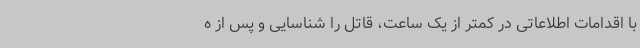
با اقدامات اطلاعاتی در کمتر از یک ساعت، قاتل را شناسایی و پس از ه